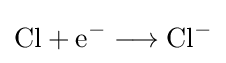
{\mathrm {Cl} {}+{}\mathrm {e} {\vphantom {A}}^{-}{}\mathrel {\longrightarrow } {}\mathrm {Cl} {\vphantom {A}}^{-}}